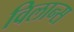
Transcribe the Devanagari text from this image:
विलान्स